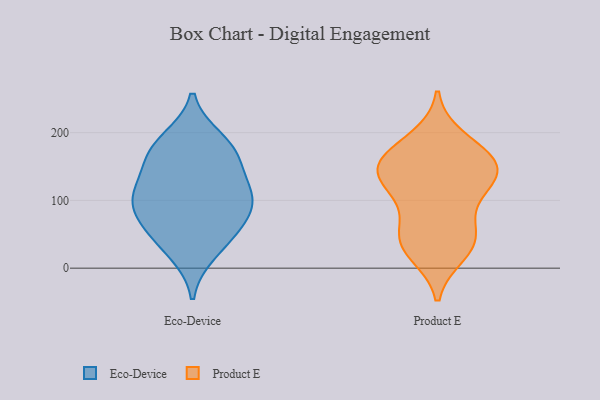
{"axis": {"x": "Satisfaction Score", "y": "Value"}, "legend": ["Eco-Device", "Product E"], "data": [{"x": "", "y": 176, "type": "Eco-Device"}, {"x": "", "y": 85, "type": "Eco-Device"}, {"x": "", "y": 189, "type": "Eco-Device"}, {"x": "", "y": 23, "type": "Eco-Device"}, {"x": "", "y": 53, "type": "Eco-Device"}, {"x": "", "y": 153, "type": "Eco-Device"}, {"x": "", "y": 92, "type": "Eco-Device"}, {"x": "", "y": 169, "type": "Eco-Device"}, {"x": "", "y": 52, "type": "Eco-Device"}, {"x": "", "y": 104, "type": "Eco-Device"}, {"x": "", "y": 117, "type": "Eco-Device"}, {"x": "", "y": 109, "type": "Eco-Device"}, {"x": "", "y": 139, "type": "Product E"}, {"x": "", "y": 40, "type": "Product E"}, {"x": "", "y": 146, "type": "Product E"}, {"x": "", "y": 106, "type": "Product E"}, {"x": "", "y": 191, "type": "Product E"}, {"x": "", "y": 31, "type": "Product E"}, {"x": "", "y": 176, "type": "Product E"}, {"x": "", "y": 49, "type": "Product E"}, {"x": "", "y": 159, "type": "Product E"}, {"x": "", "y": 147, "type": "Product E"}, {"x": "", "y": 135, "type": "Product E"}, {"x": "", "y": 22, "type": "Product E"}, {"x": "", "y": 57, "type": "Product E"}, {"x": "", "y": 108, "type": "Product E"}, {"x": "", "y": 152, "type": "Product E"}]}